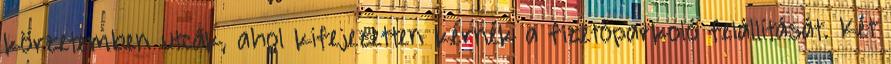
körzetemben utcák, ahol kifejezetten kérnék a fizetőparkoló felállítását. Két